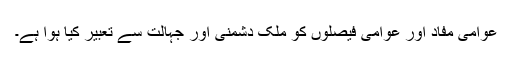
عوامی مفاد اور عوامی فیصلوں کو ملک دشمنی اور جہالت سے تعبیر کیا ہوا ہے۔